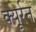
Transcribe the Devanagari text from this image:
क्यूर्रन